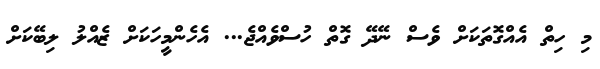
މި ހިތް އެއްގޮތަކަށް ވެސް ނޭދޭ ގޮތް ހުސްވެއްޖެ... އެހެންމީހަކަށް ޒެއްލު ލިބޭކަށް